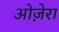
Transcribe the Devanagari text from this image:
ओज़ेरा